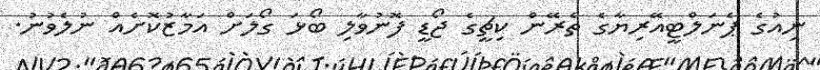
ނިއުގެ ޕެނަލްޓީއޭރިޔާގެ ތެރޭން ކިޗީގެ ޖޯޑީ ފޮނުވާލި ބޯޅަ ގޯލަށް އަމާޒުކޮށެއް ނުލެވުނު.